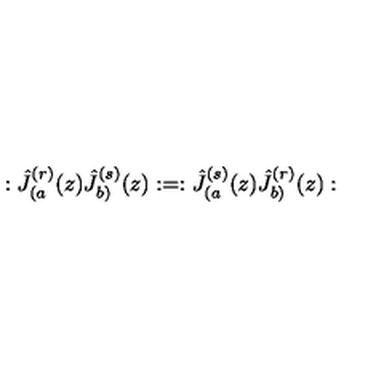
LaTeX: : \hat { J } _ { ( a } ^ { ( r ) } ( z ) \hat { J } _ { b ) } ^ { ( s ) } ( z ) : = : \hat { J } _ { ( a } ^ { ( s ) } ( z ) \hat { J } _ { b ) } ^ { ( r ) } ( z ) :